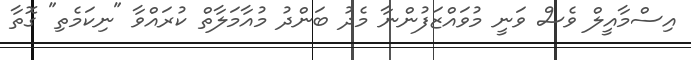
އިސްމާއީލް ވެސް ވަނީ މުވައްޒަފުންނާ މެދު ބަންދު މުއާމަލާތް ކުރައްވާ "ނިކަމެތި" ގޮތާ